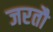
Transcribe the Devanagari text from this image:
जरतौ